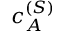
\boldsymbol { c } _ { A } ^ { ( S ) }